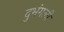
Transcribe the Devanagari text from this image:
दुभंगली